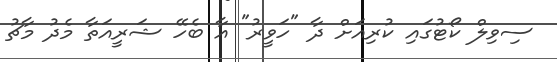
ސިވިލް ކޯޓުގައި ކުރިއަށް ދާ "ހަވީރު" އާ ބެހޭ ޝަރީއަތާ މެދު މާޗު